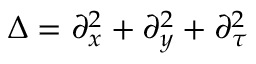
\Delta = \partial _ { x } ^ { 2 } + \partial _ { y } ^ { 2 } + \partial _ { \tau } ^ { 2 }